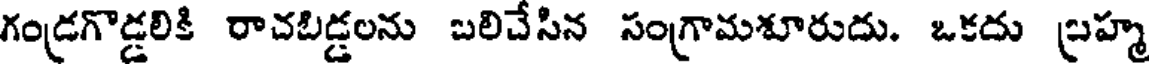
గండ్రగొడ్డలికి రాచబిడ్డలను బలిచేసిన సంగ్రామశూరుదు. ఒకదు బ్రహ్మ